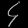
Digit: ၄